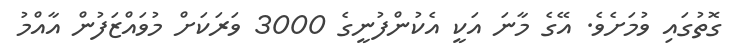
ގޮތުގައި ވުމަށެވެ. އޭގެ މާނަ އަކީ އެކުންފުނީގެ 3000 ވަރަކަށް މުވައްޒަފުން އާއްމު